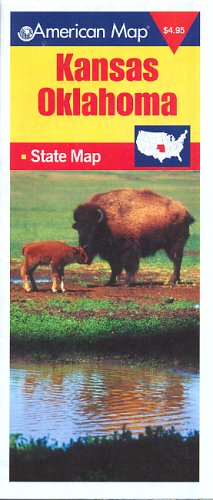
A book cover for American Map Kansas Oklahoma: State Map; Travel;